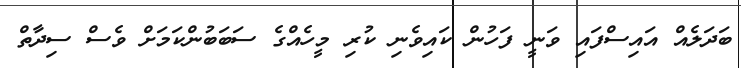
ބަދަލެއް އައިސްފައި ވަނީ ފަހުން ކައިވެނި ކުރި މީހެއްގެ ސަބަބުންކަމަށް ވެސް ސިދާތް